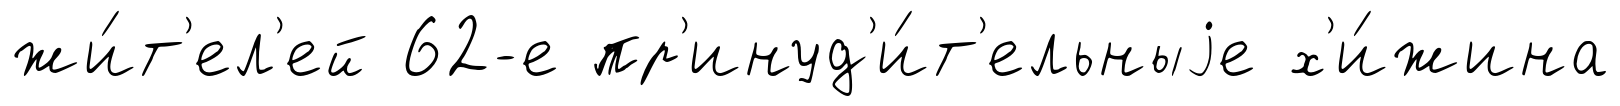
жи́т'ел'ей 62-е пр'инуд'и́т'ельныjе х'и́жина